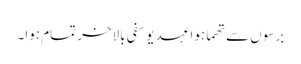
برسوں سے تھما ہوا عہد یوسفی بالاخر تمام ہوا۔